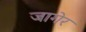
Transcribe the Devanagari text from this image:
जागेर